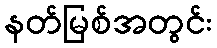
နတ်မြစ်အတွင်း